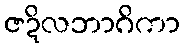
ဇဍိလဘာဂိကာ